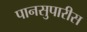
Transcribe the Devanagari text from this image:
पानसुपारीस